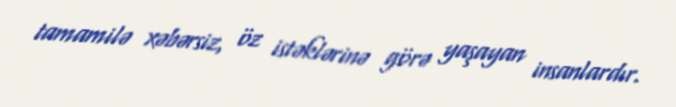
tamamilə xəbərsiz, öz istəklərinə görə yaşayan insanlardır.